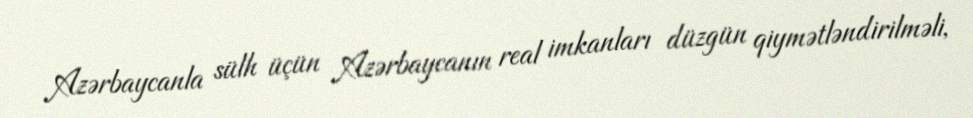
Azərbaycanla sülh üçün Azərbaycanın real imkanları düzgün qiymətləndirilməli,